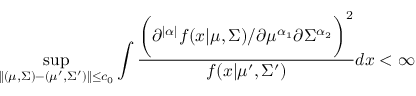
{ \displaystyle \operatorname* { s u p } _ { \| ( \mu , \Sigma ) - ( \mu ^ { \prime } , \Sigma ^ { \prime } ) \| \leq c _ { 0 } } { \int \frac { \biggr ( { \partial ^ { | \alpha | } { f ( x | \mu , \Sigma ) } } / { \partial { \mu ^ { \alpha _ { 1 } } } \partial { \Sigma ^ { \alpha _ { 2 } } } } \biggr ) ^ { 2 } } { f ( x | \mu ^ { \prime } , \Sigma ^ { \prime } ) } d x } < \infty }